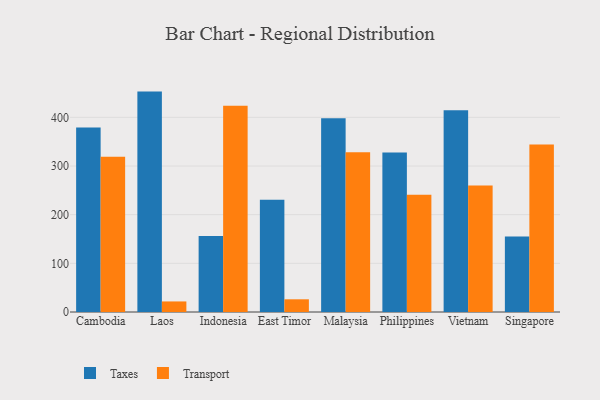
{"axis": {"x": "Country", "y": "Tickets Resolved"}, "legend": ["Taxes", "Transport"], "data": [{"x": "Cambodia", "y": 379.1, "type": "Taxes"}, {"x": "Cambodia", "y": 318.9, "type": "Transport"}, {"x": "Laos", "y": 452.9, "type": "Taxes"}, {"x": "Laos", "y": 21.7, "type": "Transport"}, {"x": "Indonesia", "y": 156.1, "type": "Taxes"}, {"x": "Indonesia", "y": 423.7, "type": "Transport"}, {"x": "East Timor", "y": 230.8, "type": "Taxes"}, {"x": "East Timor", "y": 26.1, "type": "Transport"}, {"x": "Malaysia", "y": 398.0, "type": "Taxes"}, {"x": "Malaysia", "y": 328.4, "type": "Transport"}, {"x": "Philippines", "y": 327.5, "type": "Taxes"}, {"x": "Philippines", "y": 241.1, "type": "Transport"}, {"x": "Vietnam", "y": 414.8, "type": "Taxes"}, {"x": "Vietnam", "y": 260.1, "type": "Transport"}, {"x": "Singapore", "y": 155.2, "type": "Taxes"}, {"x": "Singapore", "y": 344.4, "type": "Transport"}]}